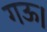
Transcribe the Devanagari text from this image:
गऊ।